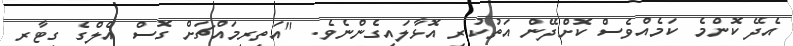
އެދޭ ކޮންމެ ކަމެއްވެސް ކޮށްދޭން އަތުކުރި އޮޅާލައިގެންނެވެ. "އަތިރިމައްޗަށް ގޮސް އެލްގެ ގިޓާރ